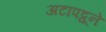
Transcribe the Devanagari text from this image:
अटापट्टूने